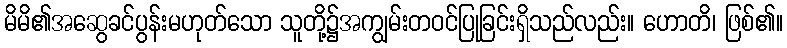
မိမိ၏အဆွေခင်ပွန်းမဟုတ်သော သူတို့၌အကျွမ်းတဝင်ပြုခြင်းရှိသည်လည်း။ ဟောတိ၊ ဖြစ်၏။